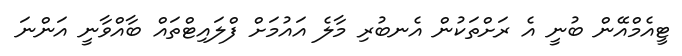
ޓީއެމްއޭން ބުނީ އެ ރަށްތަކުން އެނބުރި މާލެ އައުމަށް ފްލައިޓްތައް ބާއްވާނީ އަންނަ